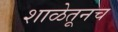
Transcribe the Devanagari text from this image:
शाळेतूनच